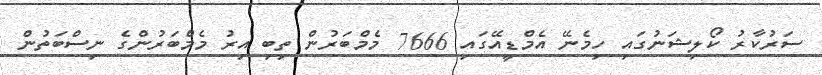
ސަރުކާރު ކޯލިޝަނުގައި ހިމެނޭ އެމްޑީއޭގައި 7666 މެމްބަރުން ތިބި އިރު މެމްބަރުންގެ ނިސްބަތުން